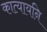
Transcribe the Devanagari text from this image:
कात्यायनि